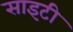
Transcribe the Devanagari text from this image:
साइटी